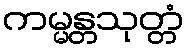
ကမ္မန္တသုတ္တံ